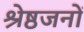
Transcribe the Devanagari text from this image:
श्रेष्ठजनों